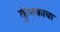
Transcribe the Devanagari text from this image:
कुंभकाचा